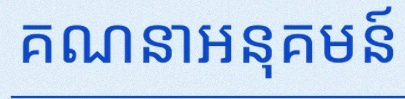
គណនាអនុគមន៍